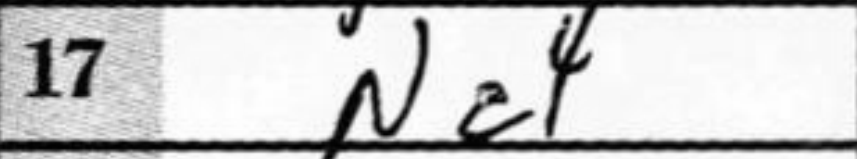
Transcription: Nc4